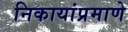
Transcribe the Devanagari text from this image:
निकायांप्रमाणे